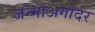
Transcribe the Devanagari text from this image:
जन्माअगोदर